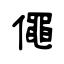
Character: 僶